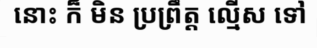
នោះ ក៏ មិន ប្រព្រឹត្ត ល្មើស ទៅ